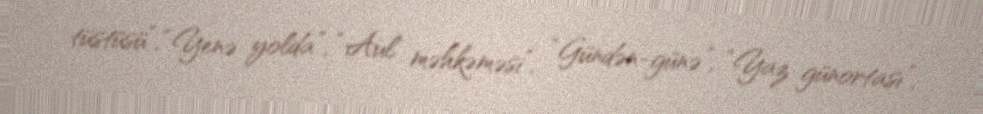
tüstüsü”, “Yenə yolda”, “Aul məhkəməsi”, “Gündən-günə”, “Yaz günortası”,